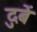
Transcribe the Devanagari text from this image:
दुबें